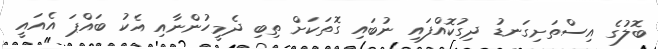
ބޮލުގެ އިސްތަށިގަނޑު ދިގުކޮއްފައި ނުބައި ގޮތަކަށް ތިބި ދެމީހުންނާއި އެކު ބައްޕަ އެއައީ